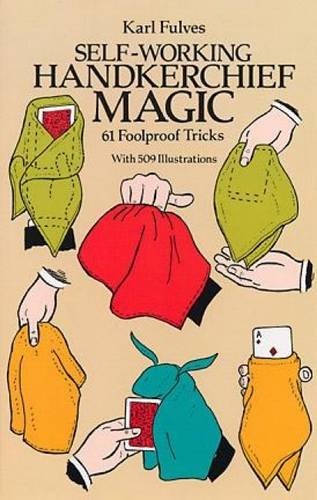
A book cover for Self-Working Handkerchief Magic: 61 Foolproof Tricks (Dover Magic Books); Karl Fulves; Humor & Entertainment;